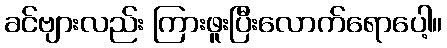
ခင်ဗျားလည်း ကြားဖူးပြီးလောက်ရောပေါ့။